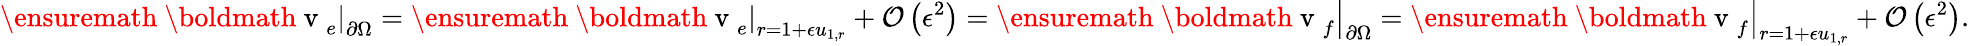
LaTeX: \left.\ensuremath{\mathrm{~\boldmath~v~}}_{e}\right|_{\partial\Omega}=\left.\ensuremath{\mathrm{~\boldmath~v~}}_{e}\right|_{r=1+\epsilon u_{1,r}}+\mathcal{O}\left(\epsilon^{2}\right)=\left.\ensuremath{\mathrm{~\boldmath~v~}}_{f}\right|_{\partial\Omega}=\left.\ensuremath{\mathrm{~\boldmath~v~}}_{f}\right|_{r=1+\epsilon u_{1,r}}+\mathcal{O}\left(\epsilon^{2}\right).